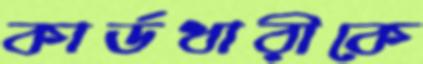
কার্ডধারীকে